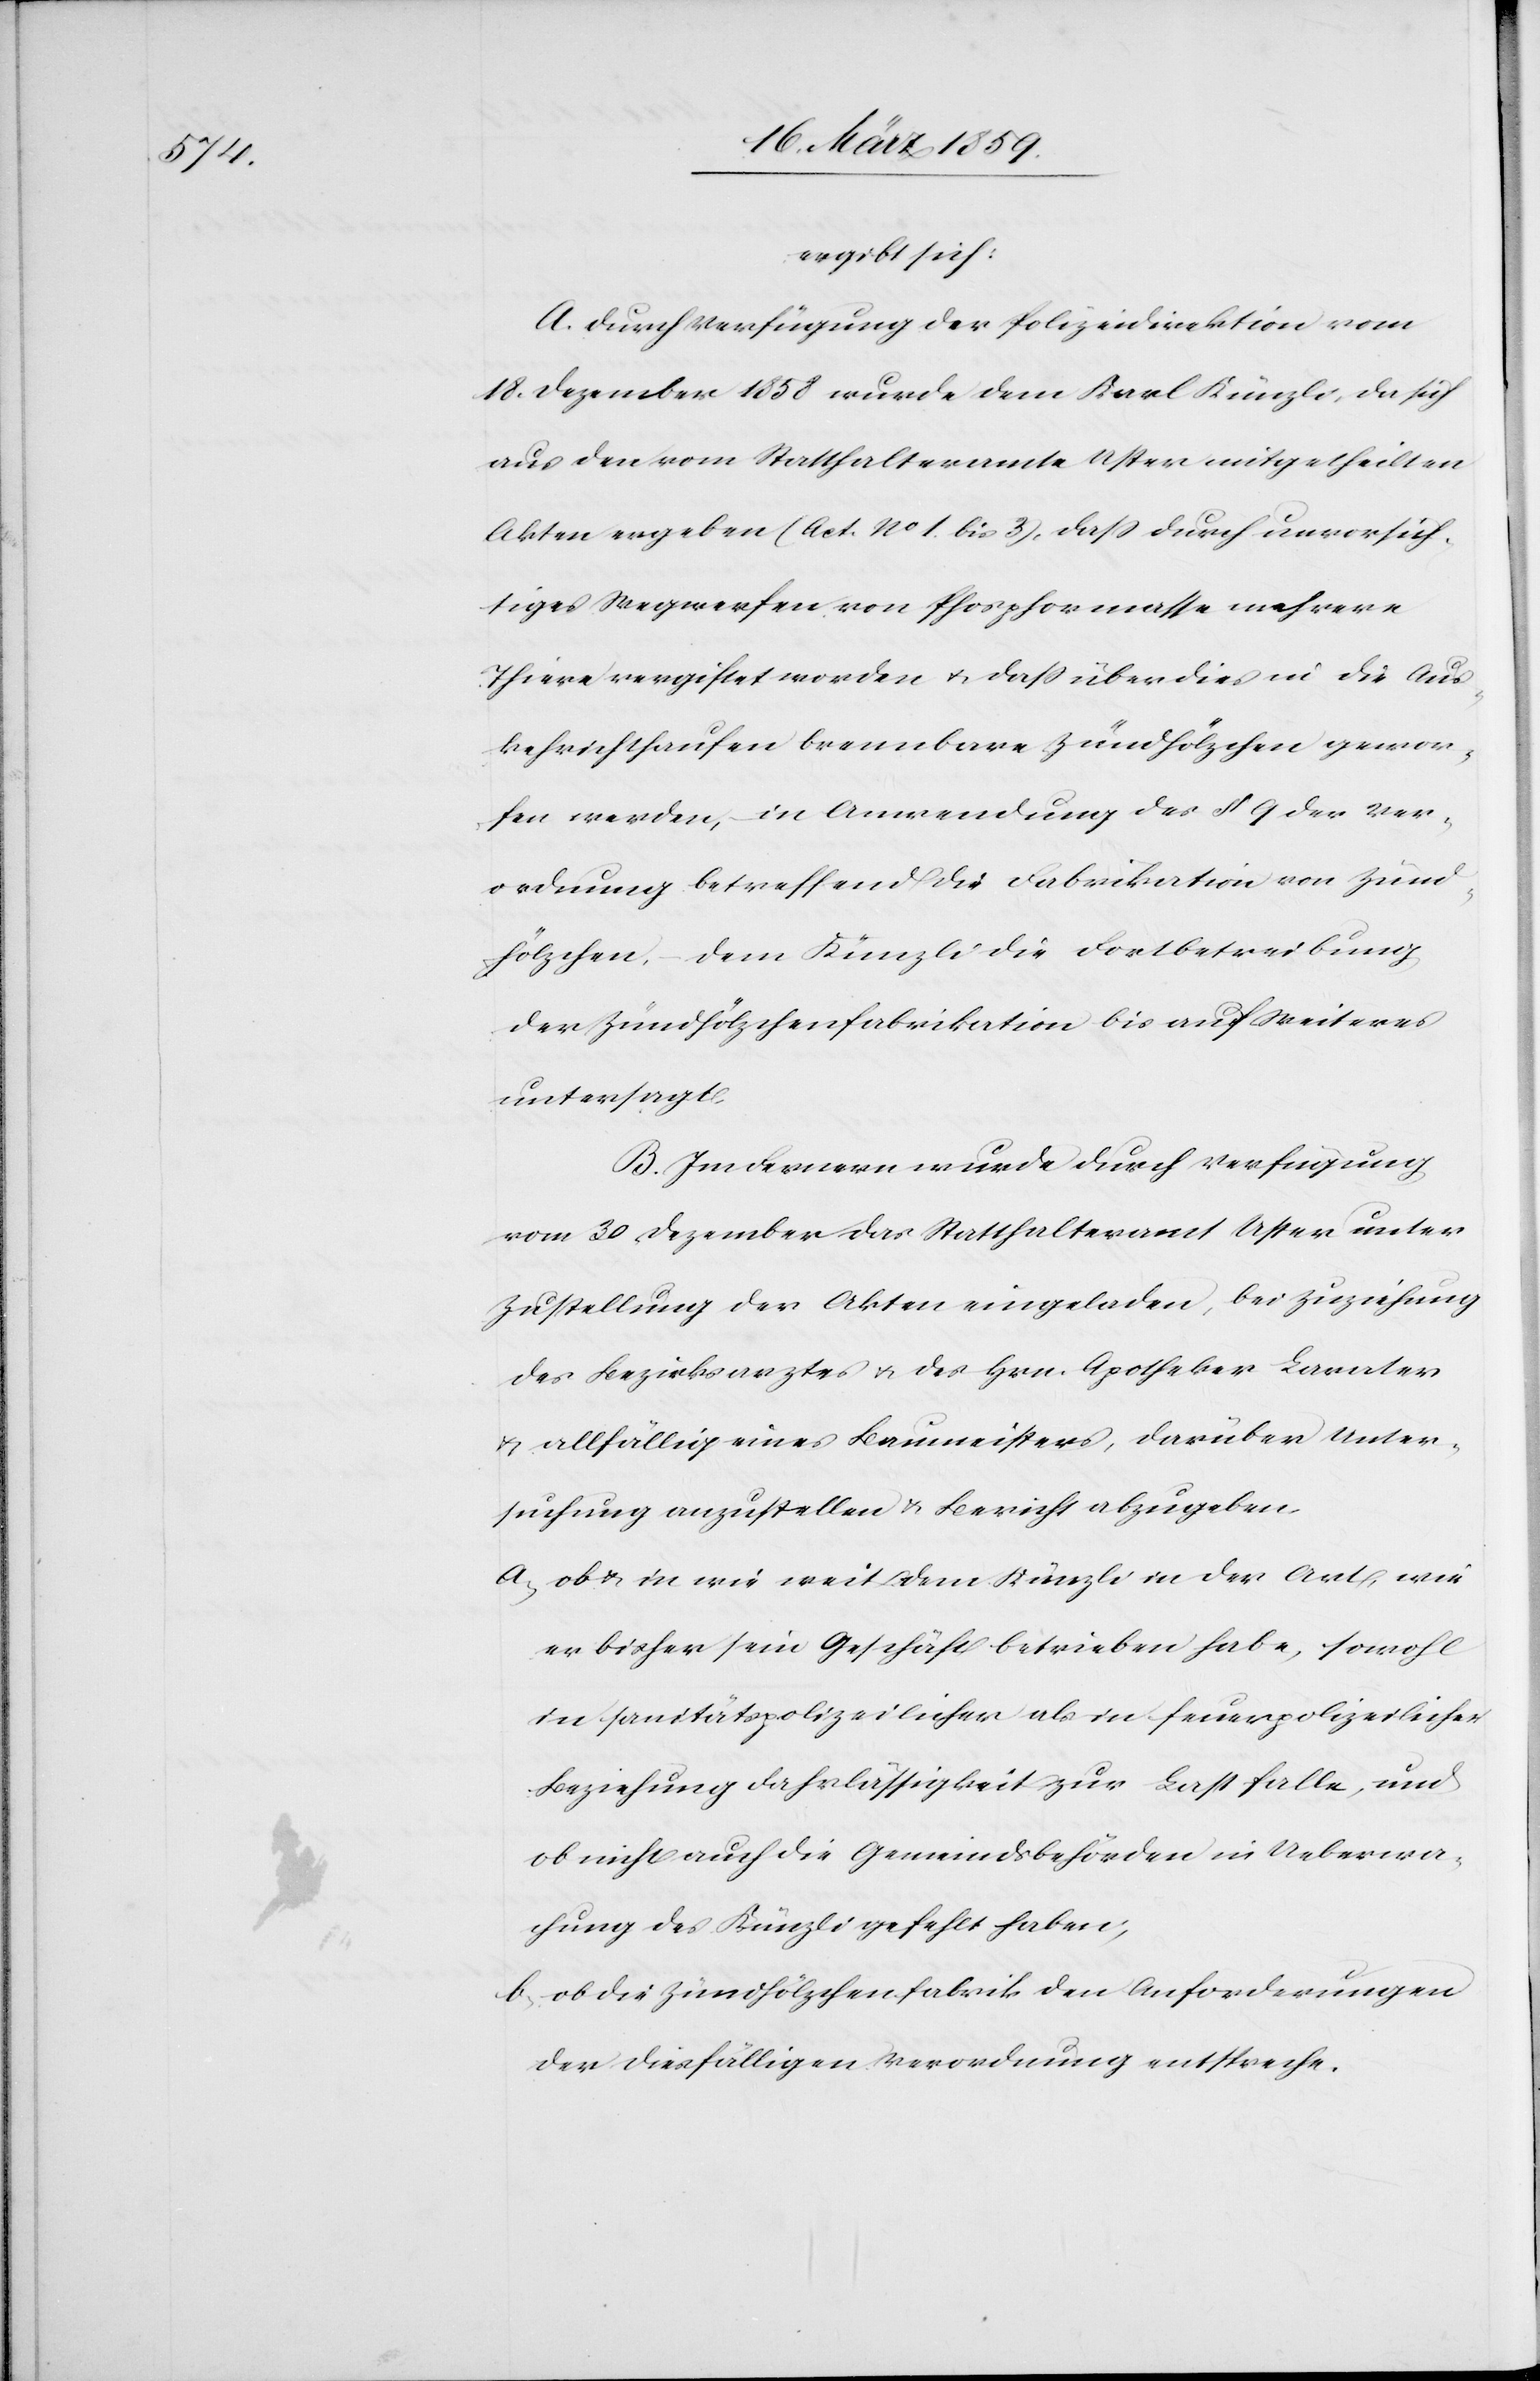
ergibt sich:
A. Durch Verfügung der Polizeidirektion vom
18. Dezember 1858 wurde dem Karl Künzli, da sich
aus den vom Statthalteramte Uster mitgetheilten
Akten ergeben (Act. No 1. bis 3), daß durch unvorsich¬
tiges Wegwerfen von Phosphormasse mehrere
Thiere vergiftet worden u. daß überdies in die Aus¬
kehrichthaufen brennbare Zündhölchen gewor¬
fen werden, in Anwendung des § 9 der Ver¬
ordnung betreffend die Fabrikation von Zünd¬
hölzchen, dem Künzli die Fortbetreibung
der Zündhölzchenfabrikation bis auf Weiteres
untersagt.
B. Im Fernern wurde durch Verfügung
vom 30. Dezember das Statthalteramt Uster unter
Zustellung der Akten eingeladen, bei Zuziehung
des Bezirksarztes u. des Hrn. Apotheker Lavater
u. allfällig eines Baumeisters, darüber Unter¬
suchung anzustellen & Bericht abzugeben.
a) ob u. in wie weit dem Künzli in der Art, wie
er bisher sein Geschäft betrieben habe, sowohl
in sanitätspolizeilichen als in feuerpolizeilicher
Beziehung Fahrlässigkeit zur Last falle, und
ob nicht auch die Gemeindsbehörden in Ueberwa¬
chung des Künzli gefehlt haben;
b) ob die Zündhölzchenfabrik den Anforderungen
der diesfälligen Verordnungen entspreche.